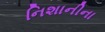
નિશાનીના